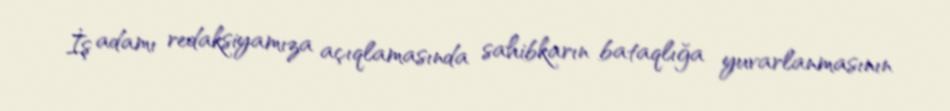
İş adamı redaksiyamıza açıqlamasında sahibkarın bataqlığa yuvarlanmasının